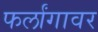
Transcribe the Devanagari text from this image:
फर्लांगावर